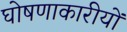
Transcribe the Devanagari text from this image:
घोषणाकारीयों